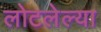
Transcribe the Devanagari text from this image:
लोटलेल्या